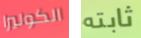
الكوليرا ثابته